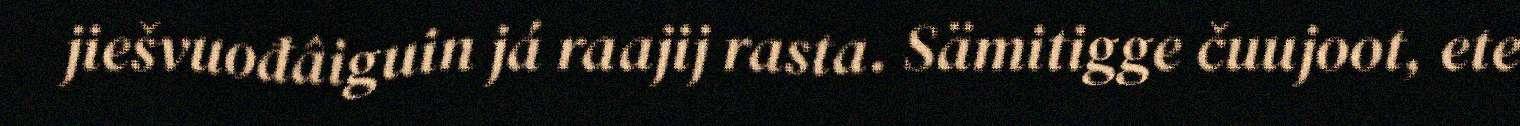
jiešvuođâiguin já raajij rasta. Sämitigge čuujoot, ete